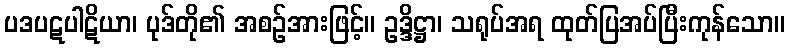
ပဒပဋပါဋိယာ၊ ပုဒ်တို၏ အစဉ်အားဖြင့်။ ဥဒ္ဒိဋ္ဌာ၊ သရုပ်အရ ထုတ်ပြအပ်ပြီးကုန်သော။